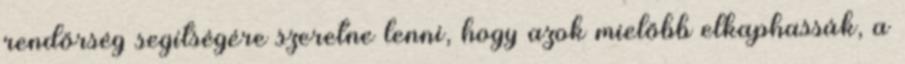
rendőrség segítségére szeretne lenni, hogy azok mielőbb elkaphassák, a